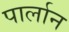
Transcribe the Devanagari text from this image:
पार्लान